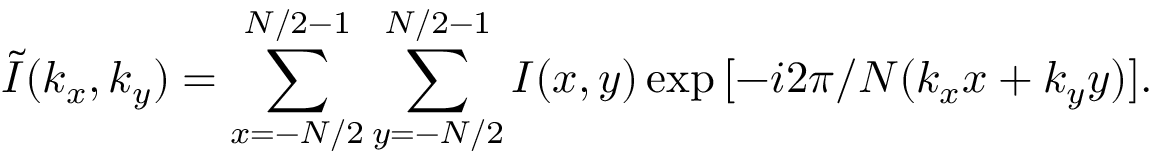
\tilde { I } ( k _ { x } , k _ { y } ) = \sum _ { x = - N / 2 } ^ { N / 2 - 1 } \sum _ { y = - N / 2 } ^ { N / 2 - 1 } I ( x , y ) \exp { [ - i 2 \pi / N ( k _ { x } x + k _ { y } y ) ] } .